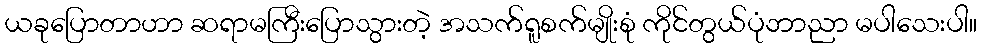
ယခုပြောတာဟာ ဆရာမကြီးပြောသွားတဲ့ အသက်ရူစက်မျိုးစုံ ကိုင်တွယ်ပုံဘာညာ မပါသေးပါ။